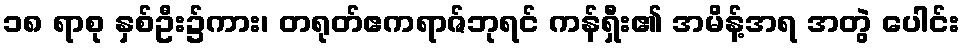
၁၈ ရာစု နှစ်ဦး၌ကား၊ တရုတ်ဧကရာဇ်ဘုရင် ကန်ရှီး၏ အမိန့်အရ အတွဲ ပေါင်း